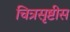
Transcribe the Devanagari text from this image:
चित्रसृष्टीस